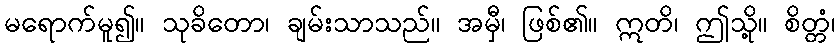
မရောက်မူ၍။ သုခိတော၊ ချမ်းသာသည်။ အမှီ၊ ဖြစ်၏။ ဣတိ၊ ဤသို့။ စိတ္တံ၊